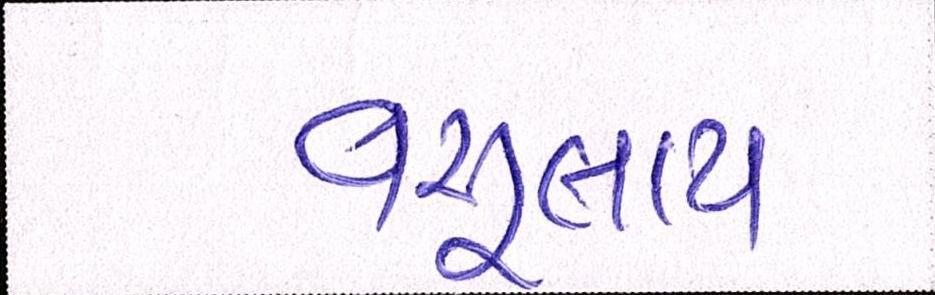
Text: વસૂલાય